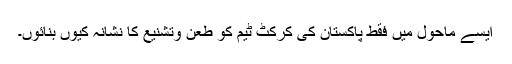
ایسے ماحول میں فقط پاکستان کی کرکٹ ٹیم کو طعن وتشنیع کا نشانہ کیوں بنائوں۔